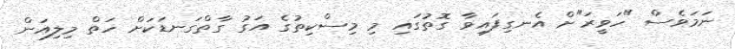
ނަމަވެސް "ހަވީރަ"ށް އެނގިފައިވާ ގޮތުގައި މި މިސްކިތުގެ އަގު ގާތްގަނޑަކަށް ހަތް މިލިއަން